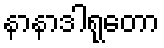
နာနာဒါရုတော